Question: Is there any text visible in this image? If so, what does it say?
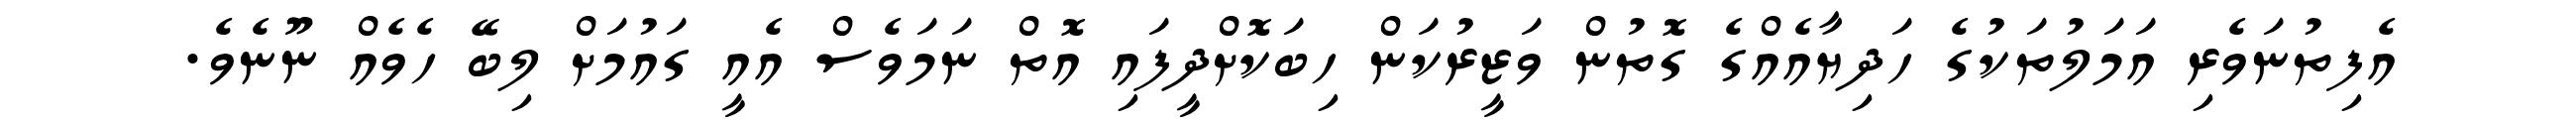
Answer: އެފިތުނަވެރި އަމަލުތަކުގެ ހަދިޔާއެއްގެ ގޮތުން ވަޒީރުކަން ހިބަކޮށްދީފައި އޮތް ނަމަވެސް އެއީ ގައުމަށް ލިބޭ ހެވެއް ނޫނެވެ.